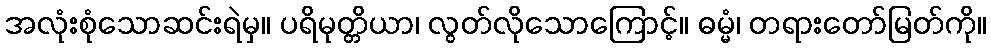
အလုံးစုံသောဆင်းရဲမှ။ ပရိမုတ္တိယာ၊ လွတ်လိုသောကြောင့်။ ဓမ္မံ၊ တရားတော်မြတ်ကို။